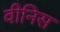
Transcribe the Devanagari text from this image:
वीनिस